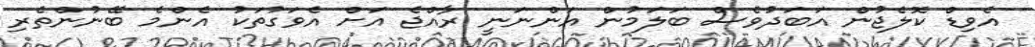
އެވިޑް ކޮލެޖުން އަބަދުވެސް ބަލަމުން އަންނަނީ ރާއްޖެ އަށް އެވަގުތަކު އެންމެ ބޭނުންތެރި